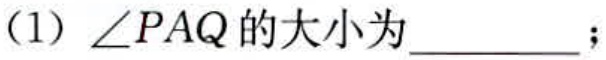
(1) \(\angle PAQ\)的大小为__________；